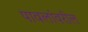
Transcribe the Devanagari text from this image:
पावलांवरील